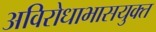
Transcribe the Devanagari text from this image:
अविरोधाभासयुक्त